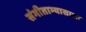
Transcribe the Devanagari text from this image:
संगीताभ्यासाला